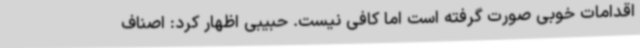
اقدامات خوبی صورت گرفته است اما کافی نیست. حبیبی اظهار کرد: اصناف